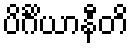
ပိင်္ဂိယာနီတိ